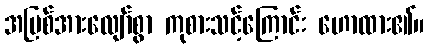
အပြစ်အားလျော်စွာ ကုစားသင့်ကြောင်း ဟောထား၏။